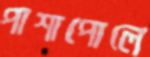
পাশাপোলে